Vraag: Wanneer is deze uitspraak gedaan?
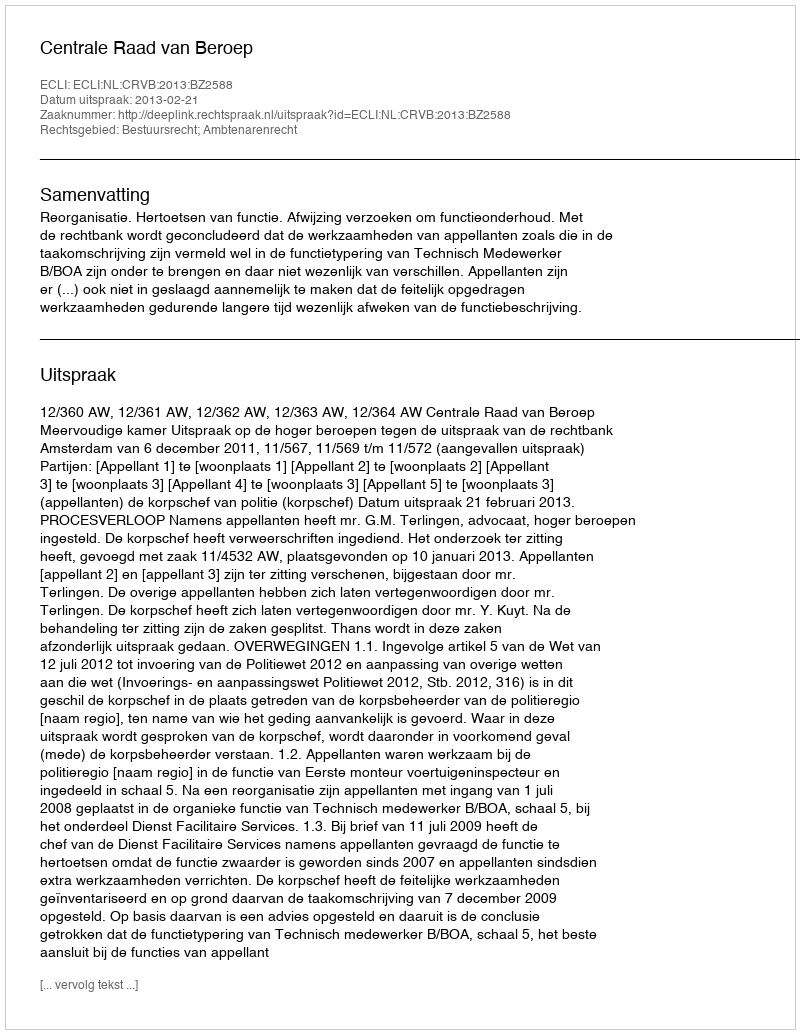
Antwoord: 2013-02-21